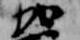
加